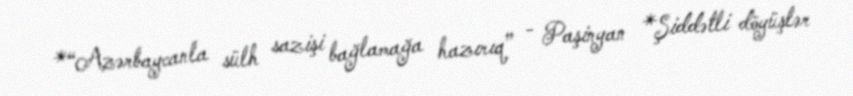
*“Azərbaycanla sülh sazişi bağlamağa hazırıq” - Paşinyan *Şiddətli döyüşlər